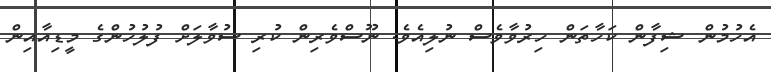
އެހުމުން ޝިފާން ކަހާތަން ހިރުވާވެސް ނުލިއެވެ. ނޫސްވެރިން ކުރި ސުވާލަށް ފުލުހުންގެ މީޑިއާއިން